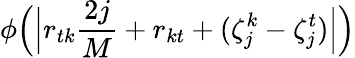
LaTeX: \phi\Bigl(\Bigl|r_{tk}\frac{2j}{M}+r_{kt}+(\zeta_{j}^{k}-\zeta_{j}^{t})\Bigr|\Bigr)